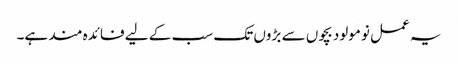
یہ عمل نومولود بچوں سے بڑوں تک سب کے لیے فائدہ مند ہے۔